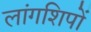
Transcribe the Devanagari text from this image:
लांगशिपों